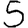
Digit: 5